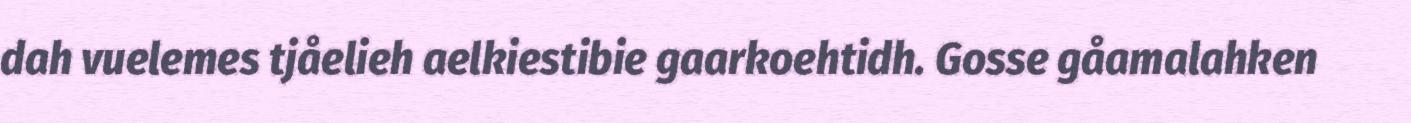
dah vuelemes tjåelieh aelkiestibie gaarkoehtidh. Gosse gåamalahken